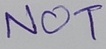
Text: NOT